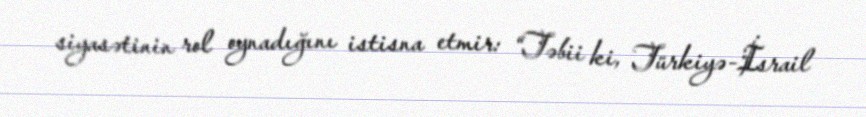
siyasətinin rol oynadığını istisna etmir: “Təbii ki, Türkiyə-İsrail